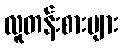
လူတန်းစားများ